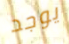
يوجد